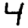
Digit: 4